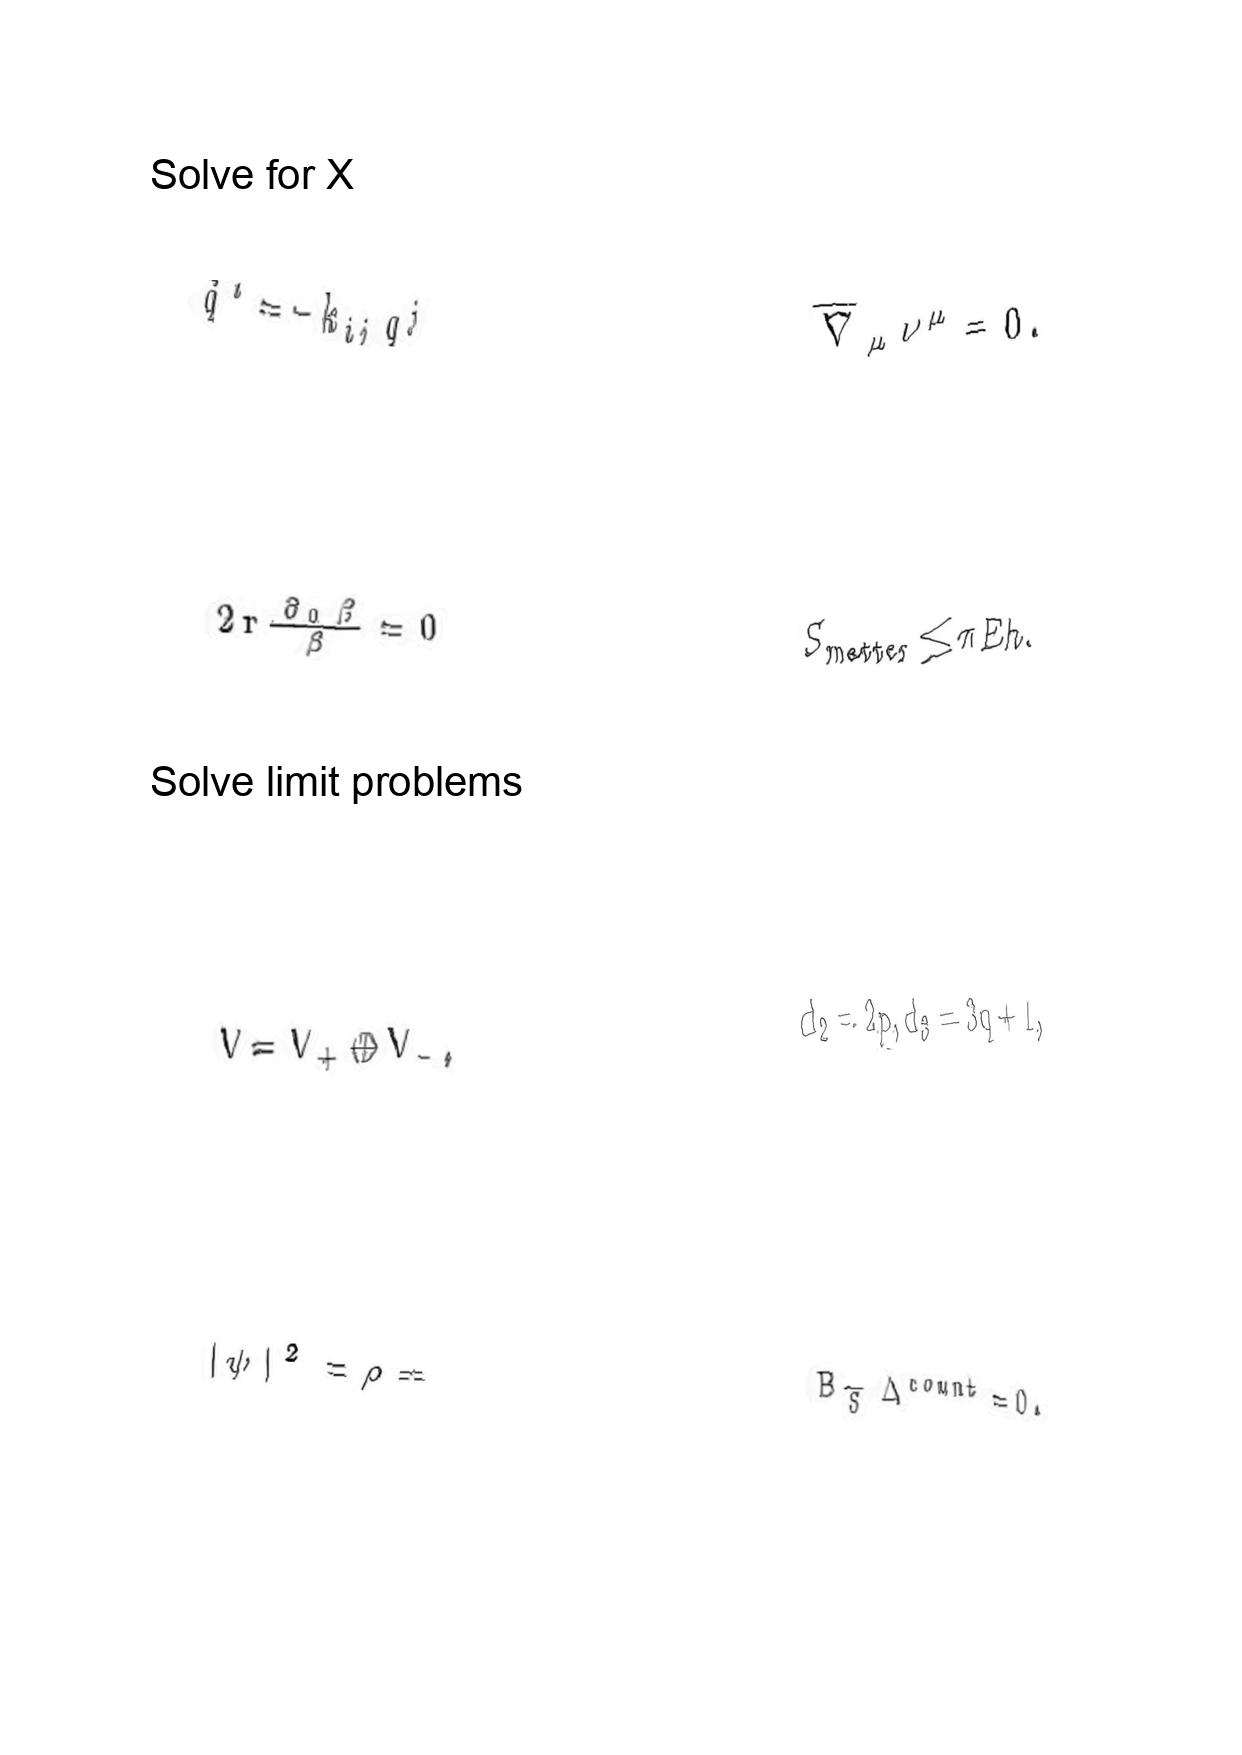
LaTeX transcription:
\ddot { q } ^ { i } = - k _ { i j } q ^ { j }
2 r \frac { \partial _ { 0 } \beta } { \beta } = 0
V = V _ { + } \oplus V _ { - } ,
\vert \psi \vert ^ { 2 } = \rho =
\overline { \nabla } _ { \mu } \nu ^ { \mu } = 0 .
S _ { \mathrm { m a t t e r } } \leq \pi E h .
d _ { 2 } = 2 p , d _ { 3 } = 3 q + 1 ,
B _ { \tilde { S } } \Delta ^ { c o u n t } = 0 .